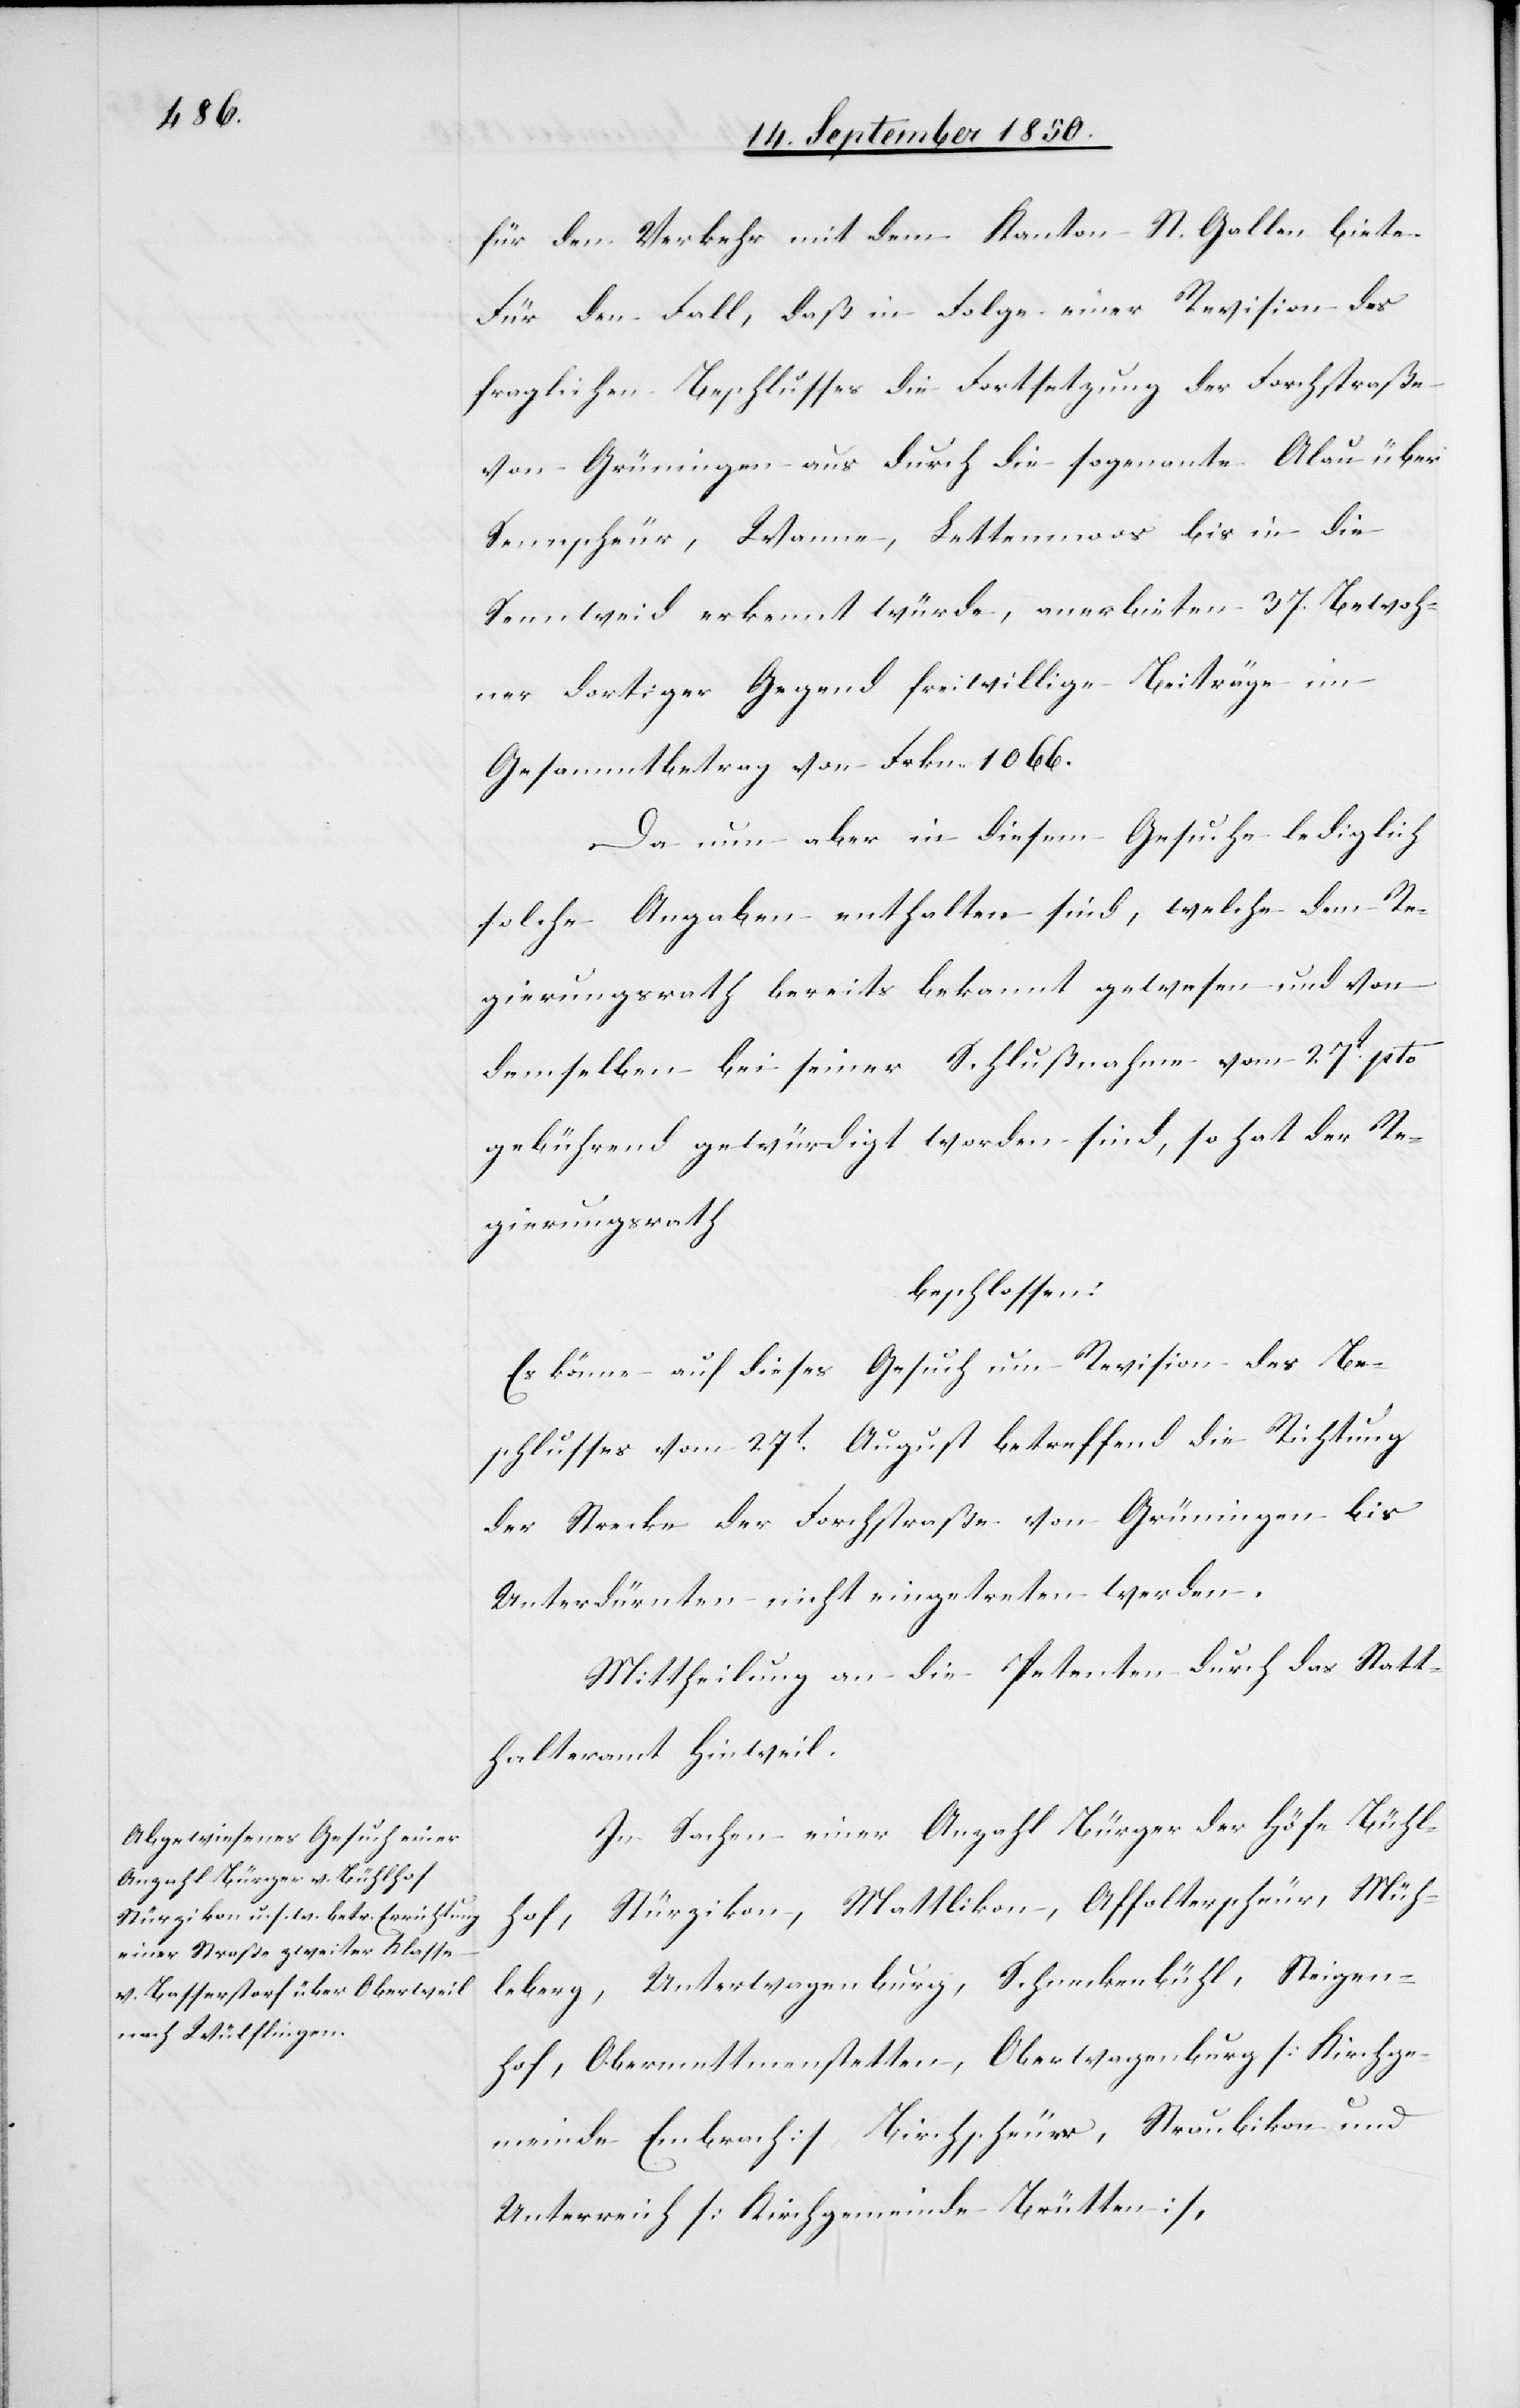
für den Verkehr mit dem Kanton St. Gallen biete.
Für den Fall, daß in Folge einer Revision des
fraglichen Beschlusses die Fortsetzung der Forchstraße
von Grüningen aus durch die sogenante Alau über
Sennscheur, Wanne, Lettenmoos bis in die
Sennweid erkennt würde, anerbieten 37. Bewoh¬
ner dortiger Gegend freiwillige Beiträge im
Gesammtbetrag von Frkn. 1066.
Da nun aber in diesem Gesuche lediglich
solche Angaben enthalten sind, welche dem Re¬
gierungsrath bereits bekannt gewesen und von
demselben bei seiner Schlußnahme vom 27t pto
gebührend gewürdigt worden sind, so hat der Re¬
gierungsrath
beschlossen:
Es könne auf dieses Gesuch um Revision des Be¬
schlusses vom 27t August betreffend die Richtung
der Strecke der Forchstraße von Grüningen bis
Unterdürnten nicht eingetreten werden.
Mittheilung an die Petenten durch das Statt¬
halteramt Hinweil.
In Sachen einer Anzahl Bürger der Höfe Bühl¬
hof, Stürzikon, Mattlikon, Affolterscheur, Müh¬
leberg, Unterwagenburg, Schneckenbühl, Steigen¬
hof, Obermettmenstetten, Oberwagenburg [Kirchge¬
meinde Embrach] Birchscheuer, Straubikon und
Unterreich [Kirchgemeinde Brütten],